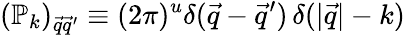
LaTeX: (\mathbb{P}_{k})_{{\vec{q}}{\vec{q}}^{\prime}}\equiv(2\pi)^{u}\delta({\vec{q}}-{\vec{q}}^{\prime})\, \delta(|{\vec{q}}|-k)